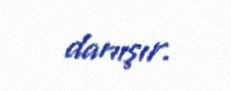
danışır.